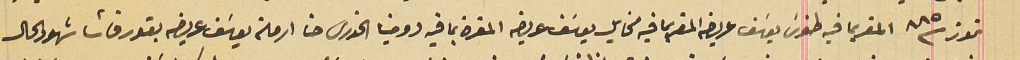
تموز سنة ٨٨٥ المقر بما فيه طنوسَ يوسفَ عريضه المقر بما فيه مخايل يوسَف عريضه المقرة بما فيه دومينا الخورى حنا ارملة يوسَف عريضه بقورقاشا شهود الحال